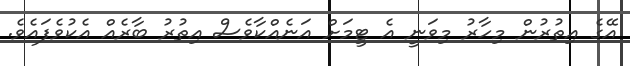
އޭގެ އިތުރުން މިހާރު މިވަނީ އެ ޓީމަށް އަނެއްކާވެސް އިތުރު ބާރެއް އެކުވެފައެވެ.